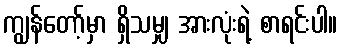
ကျွန်တော့်မှာ ရှိသမျှ အားလုံးရဲ့ စာရင်းပါ။